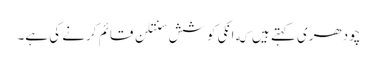
چودھری کہتے ہیں که انکی کوشش سنتلن قائم کرنے کی ہے۔